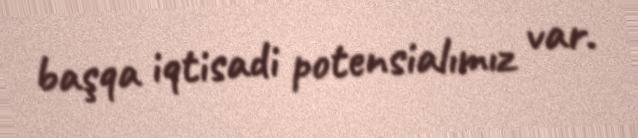
başqa iqtisadi potensialımız var.